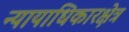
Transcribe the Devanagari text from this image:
न्यायाधिकारक्षेत्र